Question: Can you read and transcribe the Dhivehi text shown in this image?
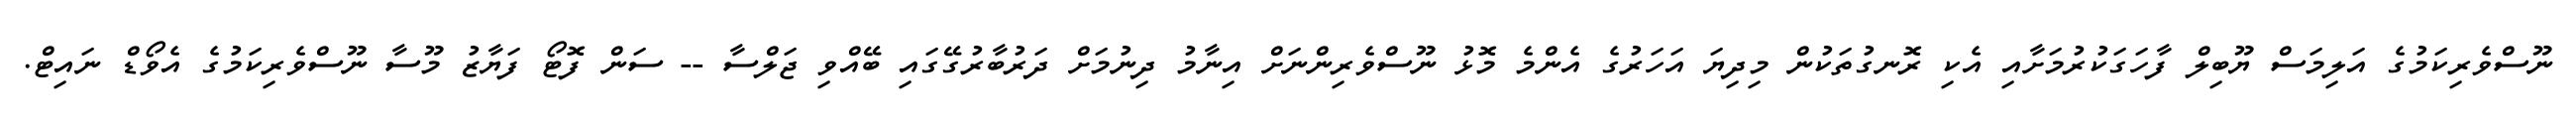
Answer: ނޫސްވެރިކަމުގެ އަލިމަސް ޔޫބިލް ފާހަގަކުރުމަށާއި އެކި ރޮނގުތަކުން މިދިޔަ އަހަރުގެ އެންމެ މޮޅު ނޫސްވެރިންނަށް އިނާމު ދިނުމަށް ދަރުބާރުގޭގައި ބޭއްވި ޖަލްސާ -- ސަން ފޮޓޯ ފަޔާޒު މޫސާ ނޫސްވެރިކަމުގެ އެވޯޑް ނައިޓް.